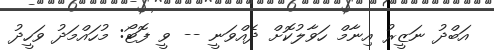
އަބްދު ނަޒީރު އިނާމް ހަވާލުކޮށް ދެއްވަނީ -- ވީ ފޮޓޯ: މުހައްމަދު ވަހީދު